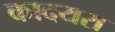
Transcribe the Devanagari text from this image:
कादयरा